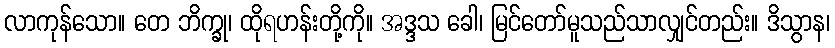
လာကုန်သော။ တေ ဘိက္ခု၊ ထိုရဟန်းတို့ကို။ အဒ္ဒသ ခေါ၊ မြင်တော်မူသည်သာလျှင်တည်း။ ဒိသွာန၊